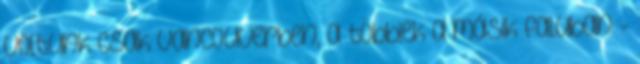
voltunk csak Vancouverben, a többiek a másik faluban -